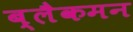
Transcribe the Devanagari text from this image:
ब्लैकमन